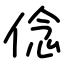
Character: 㑫